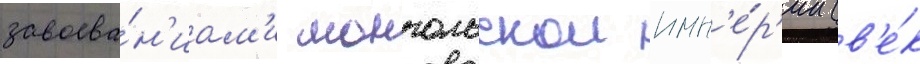
завоева́н'иам'и монгольскои имп'е́р'ии (в'е́к